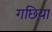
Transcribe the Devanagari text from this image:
गछिया